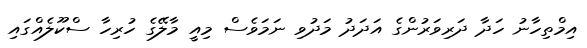
އިމްތިހާނު ހަދާ ދަރިވަރުންގެ އަދަދު މަދުވި ނަމަވެސް މިއީ މާލޭގެ ހުރިހާ ސްކޫލެއްގައި